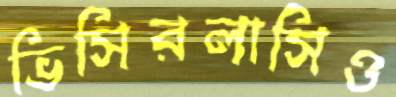
ভিসিরলাসিও